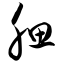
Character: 腮